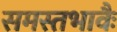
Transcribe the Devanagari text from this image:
समस्तभावैः